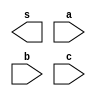
//----------------------
// Exercicio04
// Luiz Marques de Oliveira
// 417138
// ---------------------


//---------------------
// --AND com 3 entradas
//---------------------


module and3(output s, input a, input b, input c);

endmodule
//------------------
// -- test and3
//------------------


module testand3;
wire s;
reg a,b,c;

not NOT1(s1,a);
not NOT2(s2,b);
not NOT3(s3,c);
or OR1(s,s1,s2,s3);

initial begin:start
a=0 ; b=0; c=0;
end



initial begin: main

$display("Exericicio 04 - Luiz Marques de olveira - 417138");
$display("Porta AND com 3 entradas");
$display("a & b & c = s");
$monitor("%b & %b & %b = %b",a,b,c,s);


#1 a=0 ; b=0 ; c=1;
#1 a=0 ; b=1 ; c=0;
#1 a=0 ; b=1 ; c=1;
#1 a=1 ; b=0 ; c=0;
#1 a=1 ; b=0 ; c=1;
#1 a=1 ; b=1 ; c=0;
#1 a=1 ; b=1 ; c=1;

end
	
	endmodule // testand3